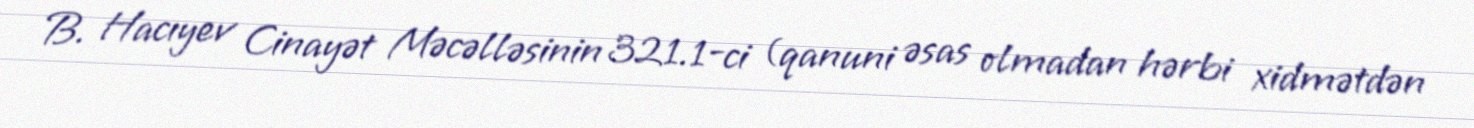
B. Hacıyev Cinayət Məcəlləsinin 321.1-ci (qanuni əsas olmadan hərbi xidmətdən